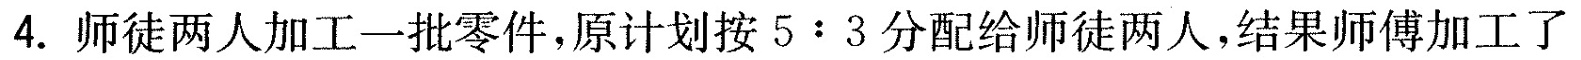
4.师徒两人加工一批零件，原计划按5:3分配给师徒两人，结果师傅加工了